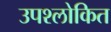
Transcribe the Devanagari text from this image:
उपश्लोकित